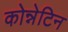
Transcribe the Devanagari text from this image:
कोन्नेटिन